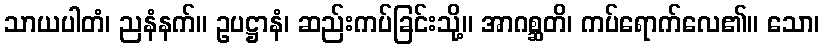
သာယပါတံ၊ ညနံနက်။ ဥပဋ္ဌာနံ၊ ဆည်းကပ်ခြင်းသို့။ အာဂစ္ဆတိ၊ ကပ်ရောက်လေ၏။ သော၊